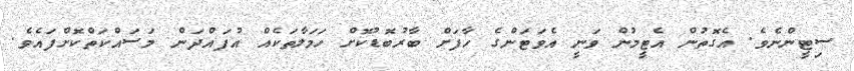
ސިޓީންނެވެ. އެގޮތުން އެޓީމުން ވަނީ އެވަޓަންގެ ހާފަށް ބާރުބޮޑުކޮށް ހަމަލާތަކެއް އުފައްދަން މަސައްކަތްކޮށްފައެވެ.